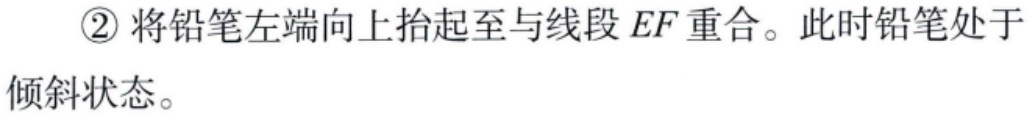
\textcircled{2}将铅笔左端向上抬起至与线段 \(EF\) 重合。此时铅笔处于倾斜状态。